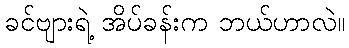
ခင်ဗျားရဲ့ အိပ်ခန်းက ဘယ်ဟာလဲ။